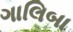
ગાલિબા